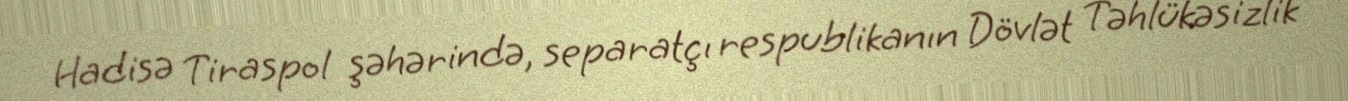
Hadisə Tiraspol şəhərində, separatçı respublikanın Dövlət Təhlükəsizlik